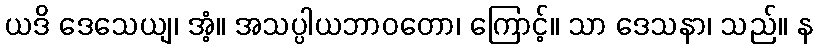
ယဒိ ဒေသေယျ၊ အံ့။ အသပ္ပါယဘာဝတော၊ ကြောင့်။ သာ ဒေသနာ၊ သည်။ န